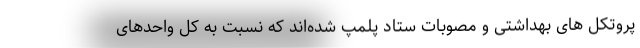
پروتکل های بهداشتی و مصوبات ستاد پلمپ شده‌اند که نسبت به کل واحدهای